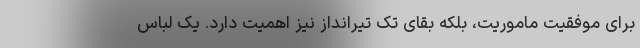
برای موفقیت ماموریت، بلکه بقای تک تیرانداز نیز اهمیت دارد. یک لباس